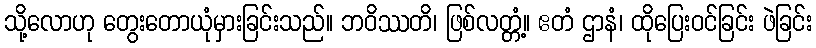
သို့လောဟု တွေးတောယုံမှားခြင်းသည်။ ဘဝိဿတိ၊ ဖြစ်လတ္တံ့။ ဧတံ ဌာနံ၊ ထိုပြေးဝင်ခြင်း ဖဲခြင်း